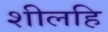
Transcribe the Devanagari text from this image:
शीलहि